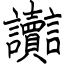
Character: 讟